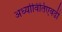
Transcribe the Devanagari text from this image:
अर्ध्यावितिएवढी